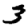
Digit: 3